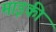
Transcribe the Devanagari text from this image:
माइकी